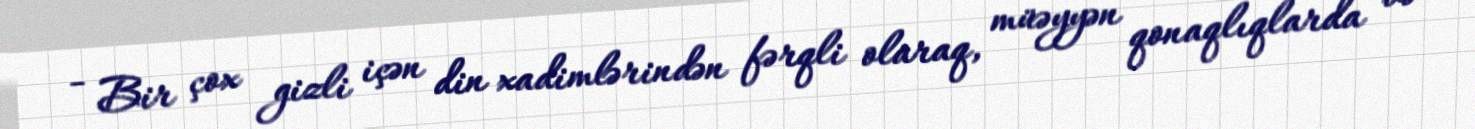
- Bir çox gizli içən din xadimlərindən fərqli olaraq, müəyyən qonaqlıqlarda və